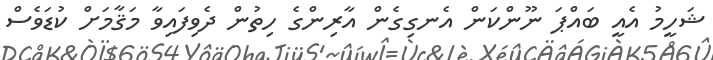
ޝަހީމު އެއީ ބައްޕަ ނޫންކަން އެނގިގެން އާރިންގެ ހިތުން ދެވިފައިވާ މަޤާމަށް ކުޑަވެސް